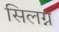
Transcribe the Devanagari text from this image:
सिलग्न